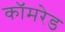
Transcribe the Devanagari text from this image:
काॅमरेड